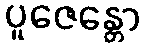
ပူဇေန္တော